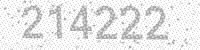
Solution: 214222